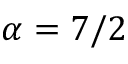
\alpha = 7 / 2